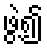
ဖွဲ့၍